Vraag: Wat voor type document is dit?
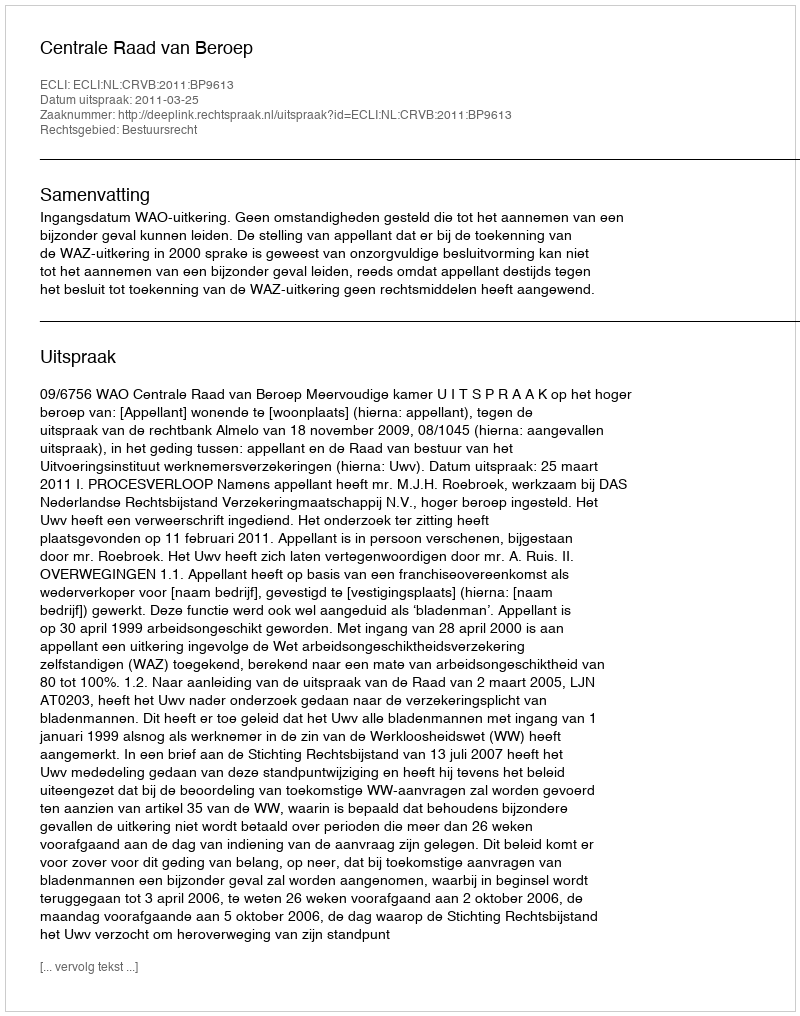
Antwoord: Uitspraak